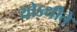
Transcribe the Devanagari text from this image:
योऽधीते